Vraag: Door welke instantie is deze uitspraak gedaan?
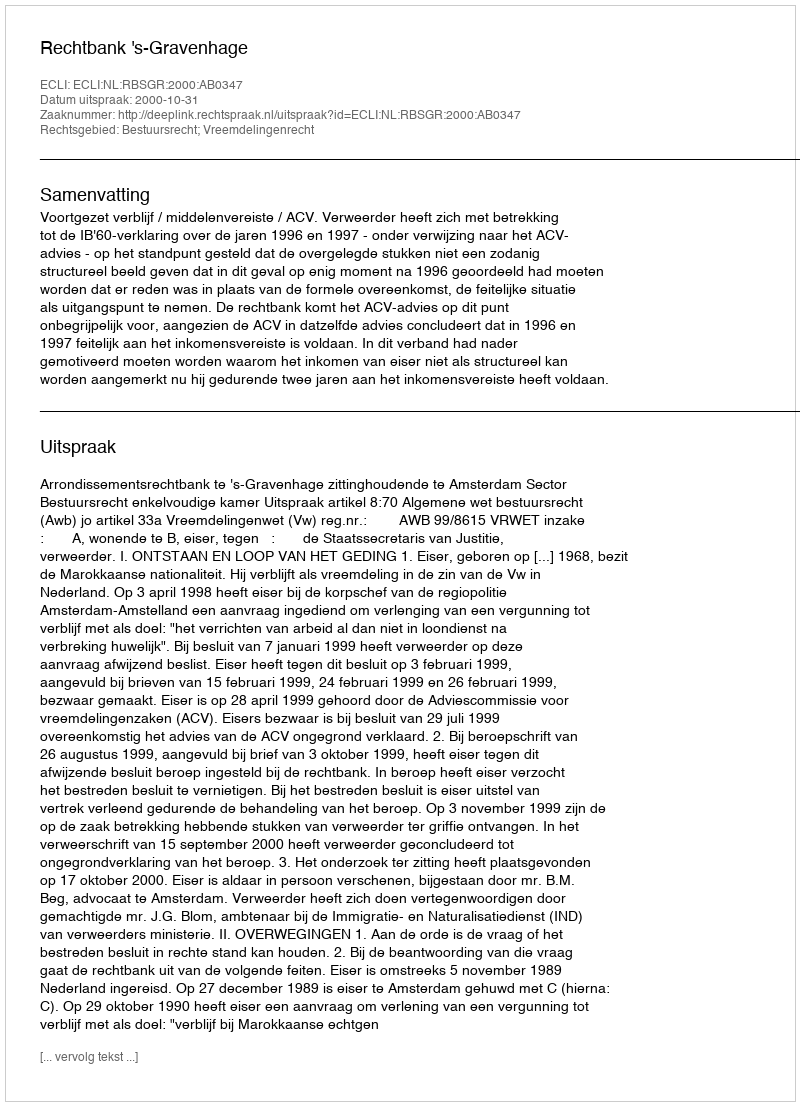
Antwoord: Rechtbank 's-Gravenhage